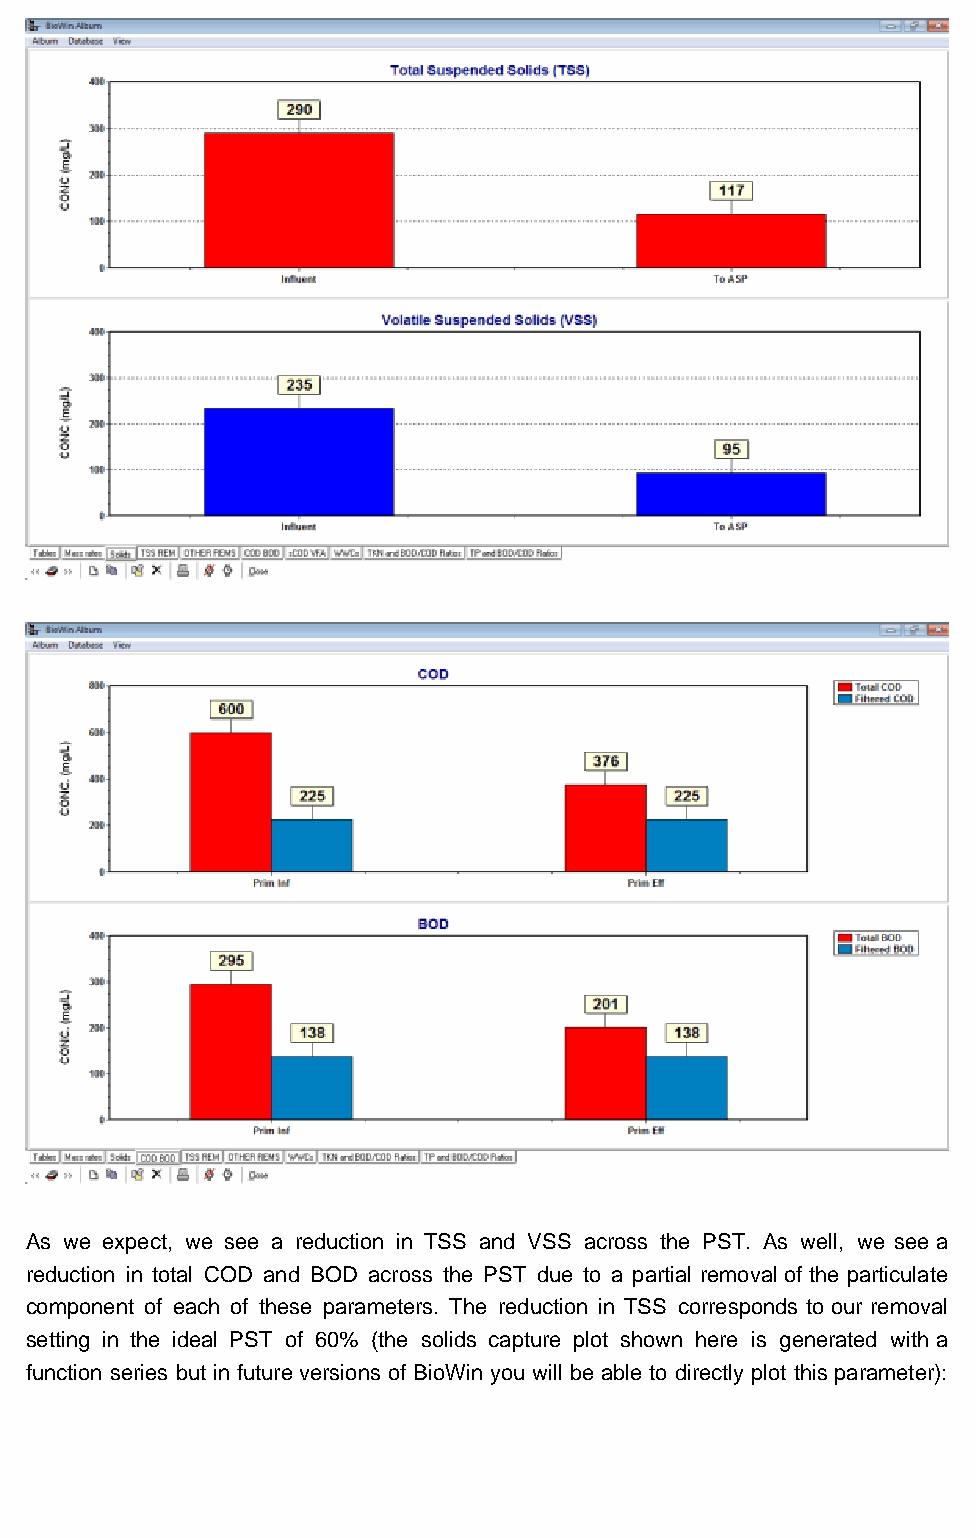
The BioWin Advantage
 As we expect, we see a reduction in TSS and VSS across the PST. As well, we see a
 reduction in total COD and BOD across the PST due to a partial removal of the particulate
 component of each of these parameters. The reduction in TSS corresponds to our removal
 setting in the ideal PST of 60% (the solids capture plot shown here is generated with a
 function series but in future versions of BioWin you will be able to directly plot this parameter):
 http://us2.campaign-archive1.com/?u=fe20f7a27093b494aa30c4ba6&id=006345251b&e=[UNIQID][27/04/2012 9:38:34 AM]